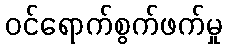
ဝင်ရောက်စွက်ဖက်မှု